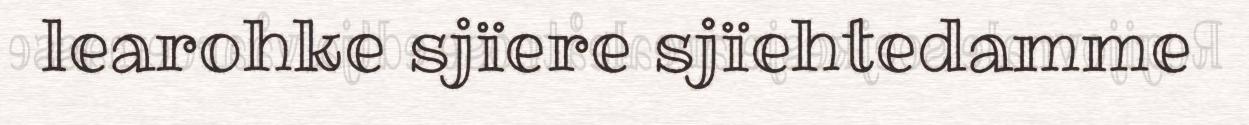
learohke sjïere sjïehtedamme